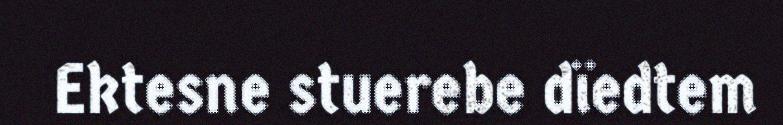
Ektesne stuerebe dïedtem